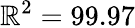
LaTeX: \mathbb{R}^{2}=99.97